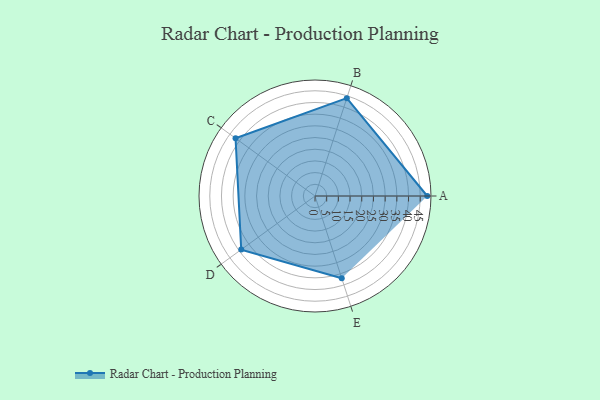
{"axis": {"x": "Skill", "y": "Score"}, "legend": ["Profile"], "data": [{"x": "A", "y": 48.0, "type": "Profile"}, {"x": "B", "y": 44.0, "type": "Profile"}, {"x": "C", "y": 42.0, "type": "Profile"}, {"x": "D", "y": 39.0, "type": "Profile"}, {"x": "E", "y": 37.0, "type": "Profile"}]}